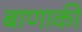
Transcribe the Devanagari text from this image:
बाणाकी